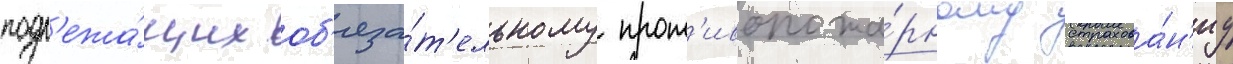
подл'ежа́щих об'яза́т'ельному прот'ивопожа́рному страхова́н'иу